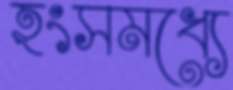
হংসমধ্যে